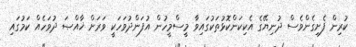
ކުރިން ފެށިގެންވެސް ދުނިޔޭގެ އެކިކަންކޮޅުތަކުގައިވާ މީސްމީހުން އުފަންދުވަހަކީ ވަރަށް ޚާއްޞަ ދުވަހެއް ކަމުގައި